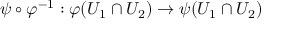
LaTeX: \psi \circ \varphi ^ { - 1 } : \varphi ( U _ { 1 } \cap U _ { 2 } ) \to \psi ( U _ { 1 } \cap U _ { 2 } )